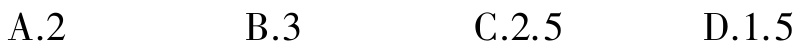
A.2  B.3  C.2.5  D.1.5